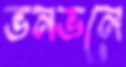
ভনভনে